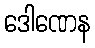
ဒေါဏေန